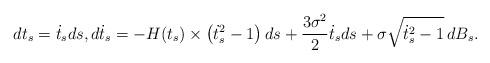
LaTeX: \begin{align*}d t_s = \dot{t}_s ds, d \dot{t}_s= -H(t_s) \times \left( \dot{t}_s^2-1 \right)ds + \frac{3 \sigma^2}{2} \dot{t}_s ds+ \sigma \sqrt{\dot{t}_s^2-1} \,dB_s.\end{align*}